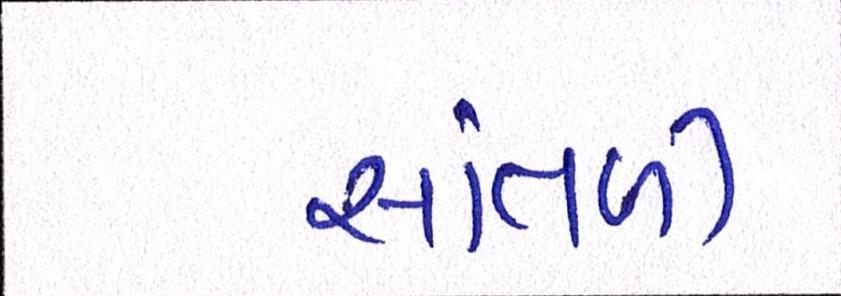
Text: સાંતળી